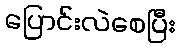
ပြောင်းလဲစေပြီး